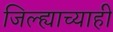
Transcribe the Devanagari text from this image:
जिल्ह्याच्याही